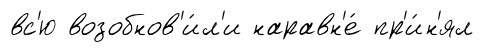
вс'ю возобнов'и́л'и наравн'е́ пр'и́н'ял